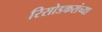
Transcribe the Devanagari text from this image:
रिसोडकरांच्या